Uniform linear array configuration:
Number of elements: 48
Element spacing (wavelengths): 0.25
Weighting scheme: binomial
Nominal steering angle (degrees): -60
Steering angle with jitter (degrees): -59.788
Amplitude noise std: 0.05
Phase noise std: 0.05

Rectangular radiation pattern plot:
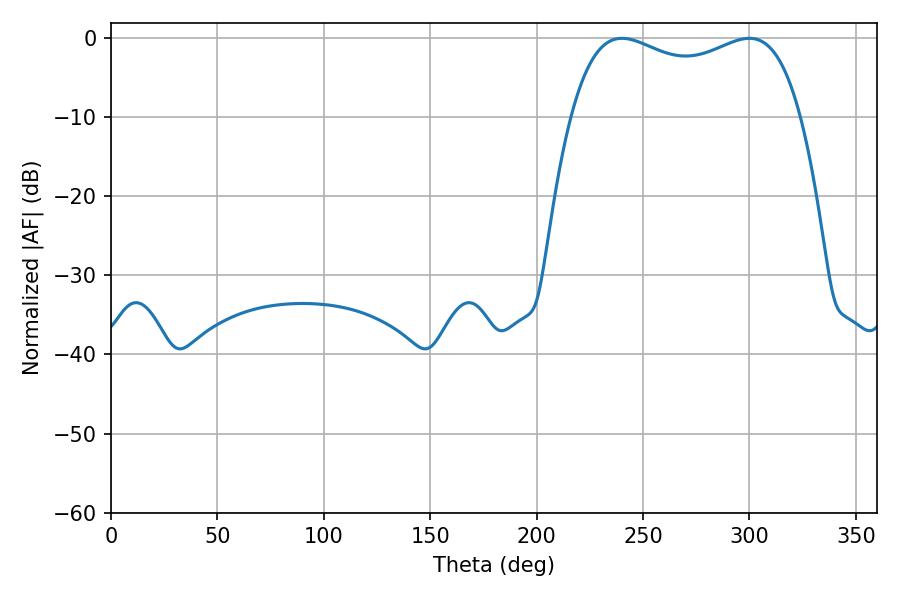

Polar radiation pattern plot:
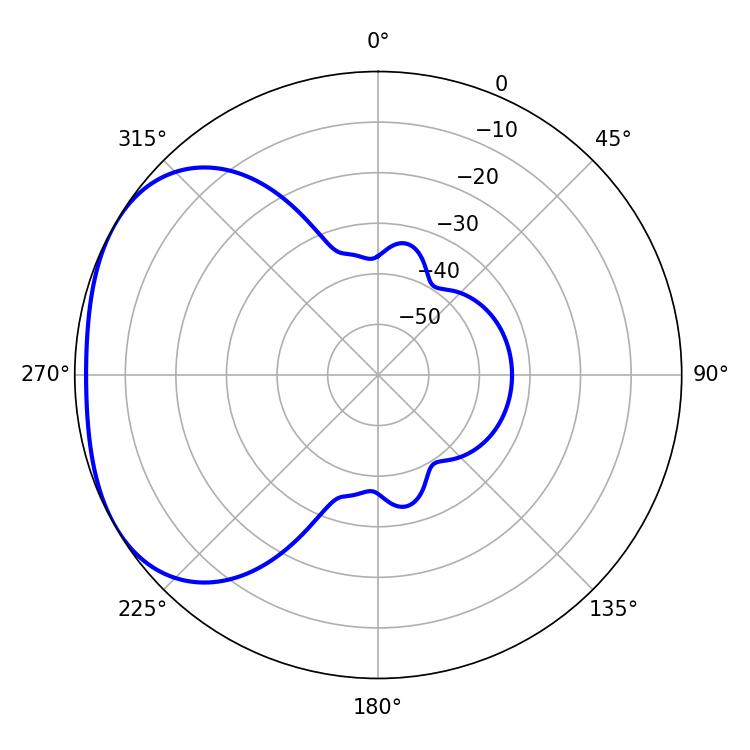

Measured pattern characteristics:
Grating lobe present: FALSE
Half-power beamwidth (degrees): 88.92
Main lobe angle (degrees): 240.12